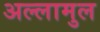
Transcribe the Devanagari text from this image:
अल्लामुल